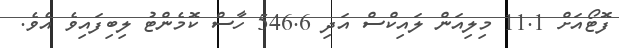
ފޮޓޯއަށް 11.1 މިލިއަން ލައިކްސް އަދި 546.6 ހާސް ކޮމެންޓު ލިބިފައިވެ އެވެ.